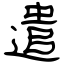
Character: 遣